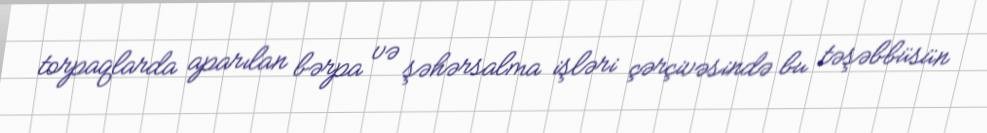
torpaqlarda aparılan bərpa və şəhərsalma işləri çərçivəsində bu təşəbbüsün